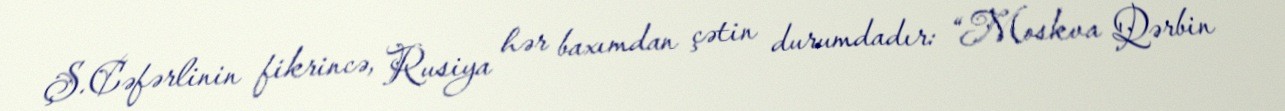
Ş.Cəfərlinin fikrincə, Rusiya hər baxımdan çətin durumdadır: “Moskva Qərbin